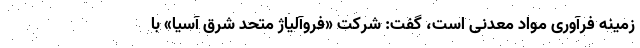
زمینه فرآوری مواد معدنی است، گفت: شرکت «فروآلیاژ متحد شرق آسیا» با